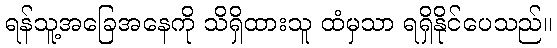
ရန်သူ့အခြေအနေကို သိရှိထားသူ ထံမှသာ ရရှိနိုင်ပေသည်။